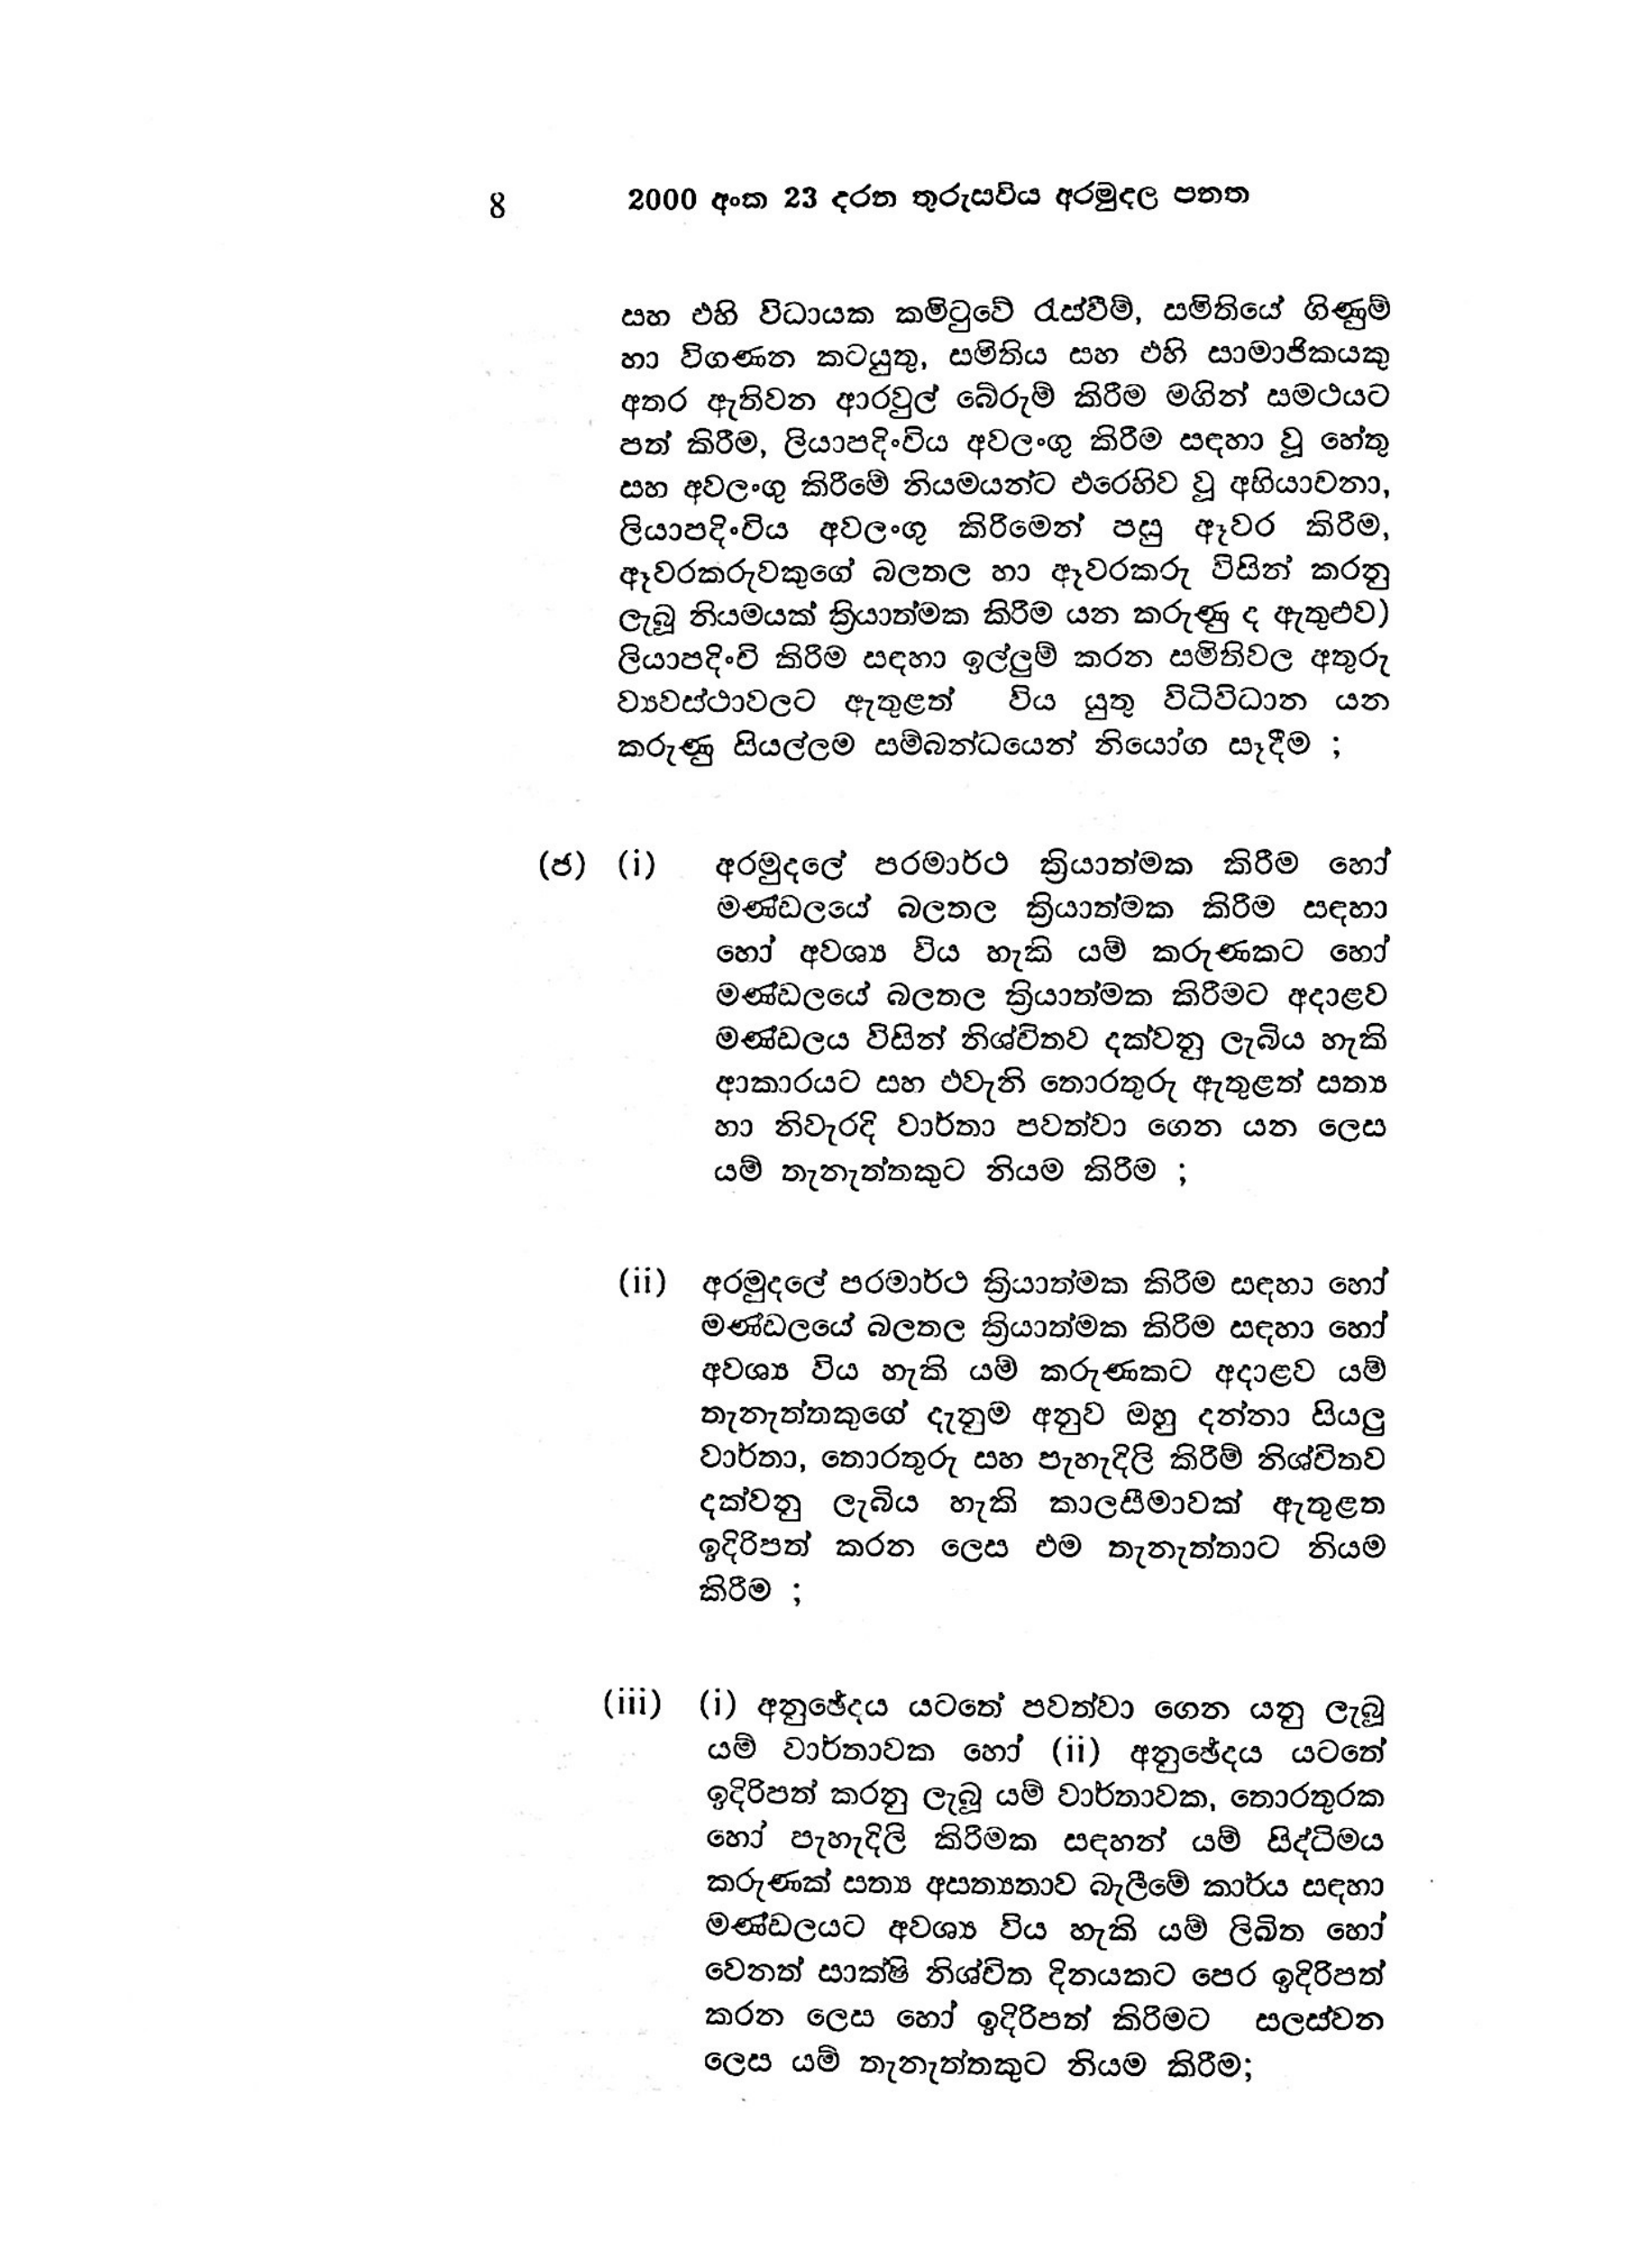
8 2000 අංක 23 දරන තුරුසවිය අරමුදල පතත

සහ එහි විධායක කමිටුවේ රැස්වීම්, සමිතියේ ගිණුම්
හා විගණන කටයුතු, සමිතිය සහ එහි සාමාජිකයකු
අතර ඇතිවන ආරවුල් බේරුම් කිරීම මගින් සමථයට
පත් කිරීම, ලියාපදිංචිය අවලංගු කිරීම සඳහා වූ හේතු
සහ අවලංගු කිරීමේ නියමයන්ට එරෙහිව වූ අභියාචනා,
ලියාපදිංචිය අවලංගු කිරීමෙන් පසු ඈවර කිරීම,
ඈවරකරුවකුගේ බලතල හා ඈවරකරු විසින් කරනු
ලැබූ නියමයක් ක්‍රියාත්මක කිරීම යන කරුණු ද ඇතුළුව)
ලියාපදිංචි කිරීම සඳහා ඉල්ලුම් කරන සමිතිවල අතුරු
ව්‍යවස්ථාවලට ඇතුළත් විය යුතු විධිවිධාන යන
කරුණු සියල්ලම සම්බන්ධයෙන් නියෝග සෑදීම ;

(ජ) (i) අරමුදලේ පරමාර්ථ ක්‍රියාත්මක කිරීම හෝ
මණ්ඩලයේ බලතල ක්‍රියාත්මක කිරීම සඳහා
හෝ අවශ්‍ය විය හැකි යම් කරුණකට හෝ
මණ්ඩලයේ බලතල ක්‍රියාත්මක කිරීමට අදාළව
මණ්ඩලය විසින් නිශ්චිතව දක්වනු ලැබිය හැකි
ආකාරයට සහ එවැනි තොරතුරු ඇතුළත් සත්‍ය
හා නිවැරදි වාර්තා පවත්වා ගෙන යන ලෙස
යම් තැනැත්තකුට නියම කිරීම ;

(ii) අරමුදලේ පරමාර්ථ ක්‍රියාත්මක කිරීම සඳහා හෝ
මණ්ඩලයේ බලතල ක්‍රියාත්මක කිරිම සඳහා හෝ
අවශ්‍ය විය හැකි යම් කරුණකට අදාළව යම්
තැනැත්තකුගේ දැනුම අනුව ඔහු දන්නා සියලු
වාර්තා, තොරතුරු සහ පැහැදිලි කිරීම් නිශ්චිතව
දක්වනු ලැබිය හැකි කාලසීමාවක් ඇතුළත
ඉදිරිපත් කරන ලෙස එම තැනැත්තාට නියම
කිරීම ;

(iii) (i) අනුඡේදය යටතේ පවත්වා ගෙන යනු ලැබූ
යම් වාර්තාවක හෝ (ii) අනුඡේදය යටතේ
ඉදිරිපත් කරනු ලැබූ යම් වාර්තාවක, තොරතුරක
හෝ පැහැදිලි කිරීමක සඳහන් යම් සිද්ධිමය
කරුණක් සත්‍ය අසත්‍යතාව බැලීමේ කාර්ය සඳහා
මණ්ඩලයට අවශ්‍ය විය හැකි යම් ලිඛිත හෝ
වෙනත් සාක්ෂි නිශ්චිත දිනයකට පෙර ඉදිරිපත්
කරන ලෙස හෝ ඉදිරිපත් කිරීමට සලස්වන
ලෙස යම් තැනැත්තකුට නියම කිරීම;